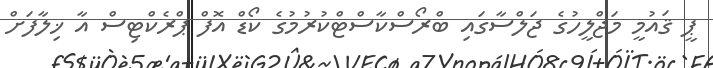
ޕީ ޤައުމީ މަޖްލީހުގެ ޖަލްސާގައި ބްރޯސްކާސްޓްކުރުމުގެ ކޯޑް އޮފް ޕްރެކްޓިސް އާ ޚިލާފަށް